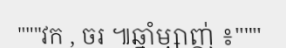
"""វក , ចរ ៕ឆ្នាំម្សាញ់ ៖"""